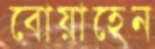
বোয়াহেন